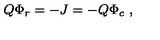
Q \Phi _ { r } = - J = - Q \Phi _ { c } \ ,